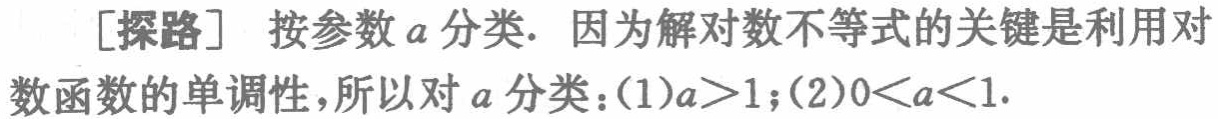
[探路] 按参数\(a\)分类. 因为解对数不等式的关键是利用对数函数的单调性，所以对\(a\)分类：(1)\(a > 1\)；(2)\(0 < a < 1\).